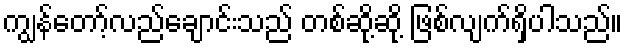
ကျွန်တော့်လည်ချောင်းသည် တစ်ဆို့ဆို့ ဖြစ်လျက်ရှိပါသည်။